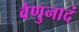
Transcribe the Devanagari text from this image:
वेणुनादं